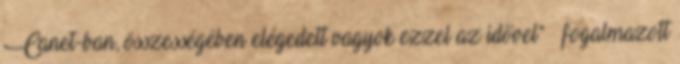
Canet-ban, összességében elégedett vagyok ezzel az idővel” – fogalmazott